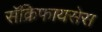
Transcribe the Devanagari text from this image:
सॅक्रिफायसेस